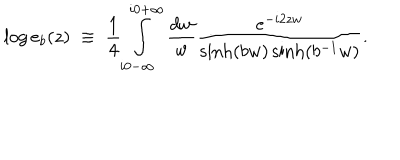
LaTeX: \log e _ { b } ( z ) \; \equiv \; \frac { 1 } { 4 } \int _ { i 0 - \infty } ^ { i 0 + \infty } \frac { d w } { w } \frac { e ^ { - i 2 z w } } { \sinh ( b w ) \sinh ( b ^ { - 1 } w ) } .